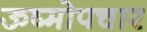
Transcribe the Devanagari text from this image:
ऊष्मोपचार